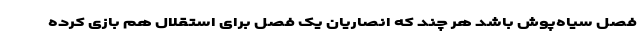
فصل سیاه‌پوش باشد هر چند که انصاریان یک فصل برای استقلال هم بازی کرده